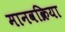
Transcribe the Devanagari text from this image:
मानवक्रिया